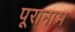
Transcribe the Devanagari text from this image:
पूरानाम